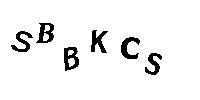
SBBKCS